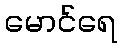
မောင်ရေ